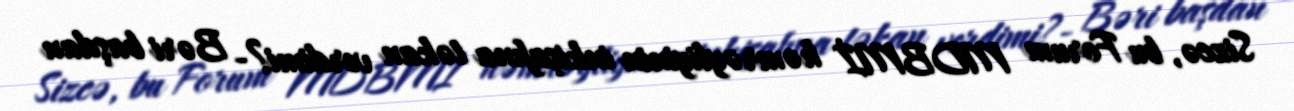
Sizcə, bu Forum MDBMİ həmrəyliyinin inkişafına təkan verdimi?- Bəri başdan